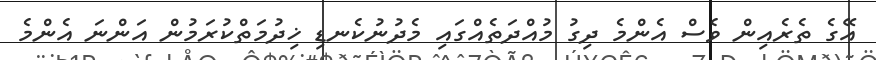
އޭގެ ތެރެއިން ވެސް އެންމެ ދިގު މުއްދަތެއްގައި މެދުނުކެނޑި ޚިދުމަތްކުރަމުން އަންނަ އެންމެ